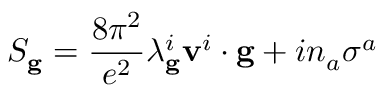
S _ { \bf g } = \frac { 8 \pi ^ { 2 } } { e ^ { 2 } } \lambda _ { \bf g } ^ { i } { \bf v } ^ { i } \cdot { \bf g } + i n _ { a } \sigma ^ { a }